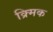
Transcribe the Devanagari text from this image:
क्र्मिक